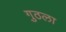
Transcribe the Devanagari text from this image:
गुठला